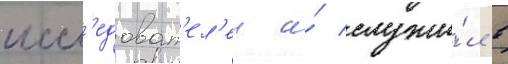
иссл'едоват'ел'еи и́ служи́л в